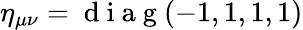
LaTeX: \eta_{\mu\nu}=\mathrm{~d~i~a~g~}(-1,1,1,1)